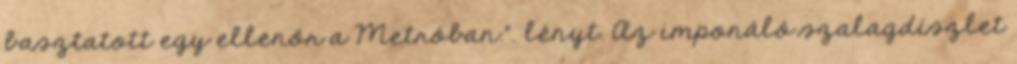
basztatott egy ellenőr a Metróban.". lényt. Az imponáló szalagdíszlet